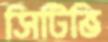
সিটিভি